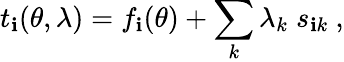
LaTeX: t_{\mathbf{i}}(\theta,\lambda)=f_{\mathbf{i}}(\theta)+\sum_{k}\lambda_{k}\; s_{\mathbf{i}k}\ ,